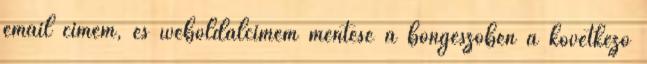
email címem, és weboldalcímem mentése a böngészőben a következő